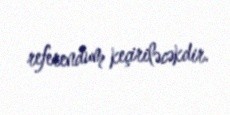
referendum keçiriləcəkdir.